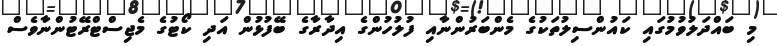
މި ބައްދަލުވުމުގައި ކައުންސިލުތަކުގެ މެންބަރުންނާއި ފުލުހުންގެ އިދާރާގެ ބޭފުޅުން އަދި ކޯޓުގެ މެޖިސްޓްރޭޓުންނާވެސް